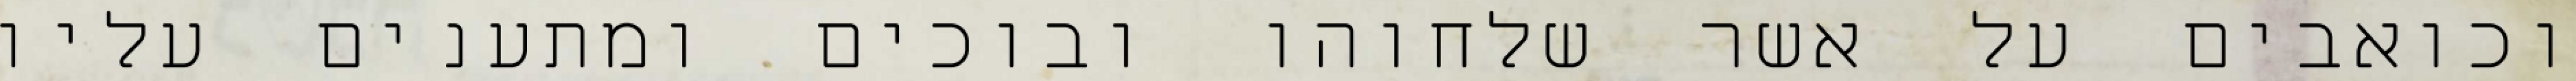
וכואבים על אשר שלחוהו ובוכים ומתענים עליו